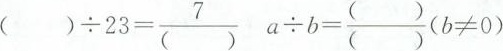
$$( ) \div 2 3 = \frac { 7 } { ( ) }$$ $$a \div b = \frac { ( ) } { ( ) }$$$$( b \neq 0 )$$